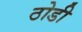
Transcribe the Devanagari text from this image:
ठोडी